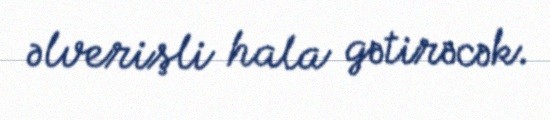
əlverişli hala gətirəcək.